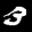
Label: 3